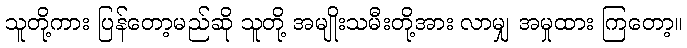
သူတို့ကား ပြန်တော့မည်ဆို သူတို့ အမျိုးသမီးတို့အား လာမျှ အမှုထား ကြတော့။